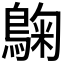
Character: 𮭀